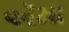
ઍમા